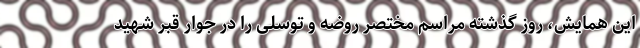
این همایش، روز گذشته مراسم مختصر روضه و توسلی را در جوار قبر شهید